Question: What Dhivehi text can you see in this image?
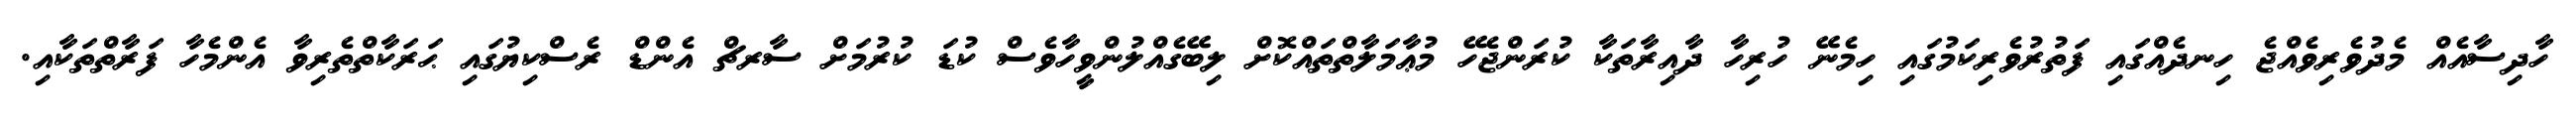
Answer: ހާދިސާއެއް މެދުވެރިވެއްޖެ ހިނދެއްގައި ފަތުރުވެރިކަމުގައި ހިމެނޭ ހުރިހާ ދާއިރާތަކާ ކުރަންޖެހޭ މުޢާމަލާތްތައްކޮށް ލިބޭގެއްލުންވީހާވެސް ކުޑަ ކުރުމަށް ސާރޗް އެންޑް ރެސްކިޔުގައި ޙަރަކާތްތެރިވާ އެންމެހާ ފަރާތްތަކާއި.